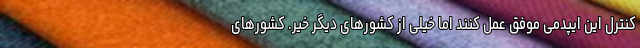
کنترل این ایپدمی موفق عمل کنند اما خیلی از کشورهای دیگر خیر. کشورهای